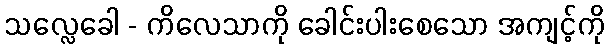
သလ္လေခေါ - ကိလေသာကို ခေါင်းပါးစေသော အကျင့်ကို